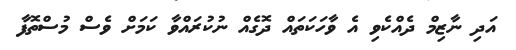
އަދި ނާޒިމް ދެއްކެވި އެ ވާހަކަތައް ދޮގެއް ނުކުރައްވާ ކަމަށް ވެސް މުސްތޮފާ